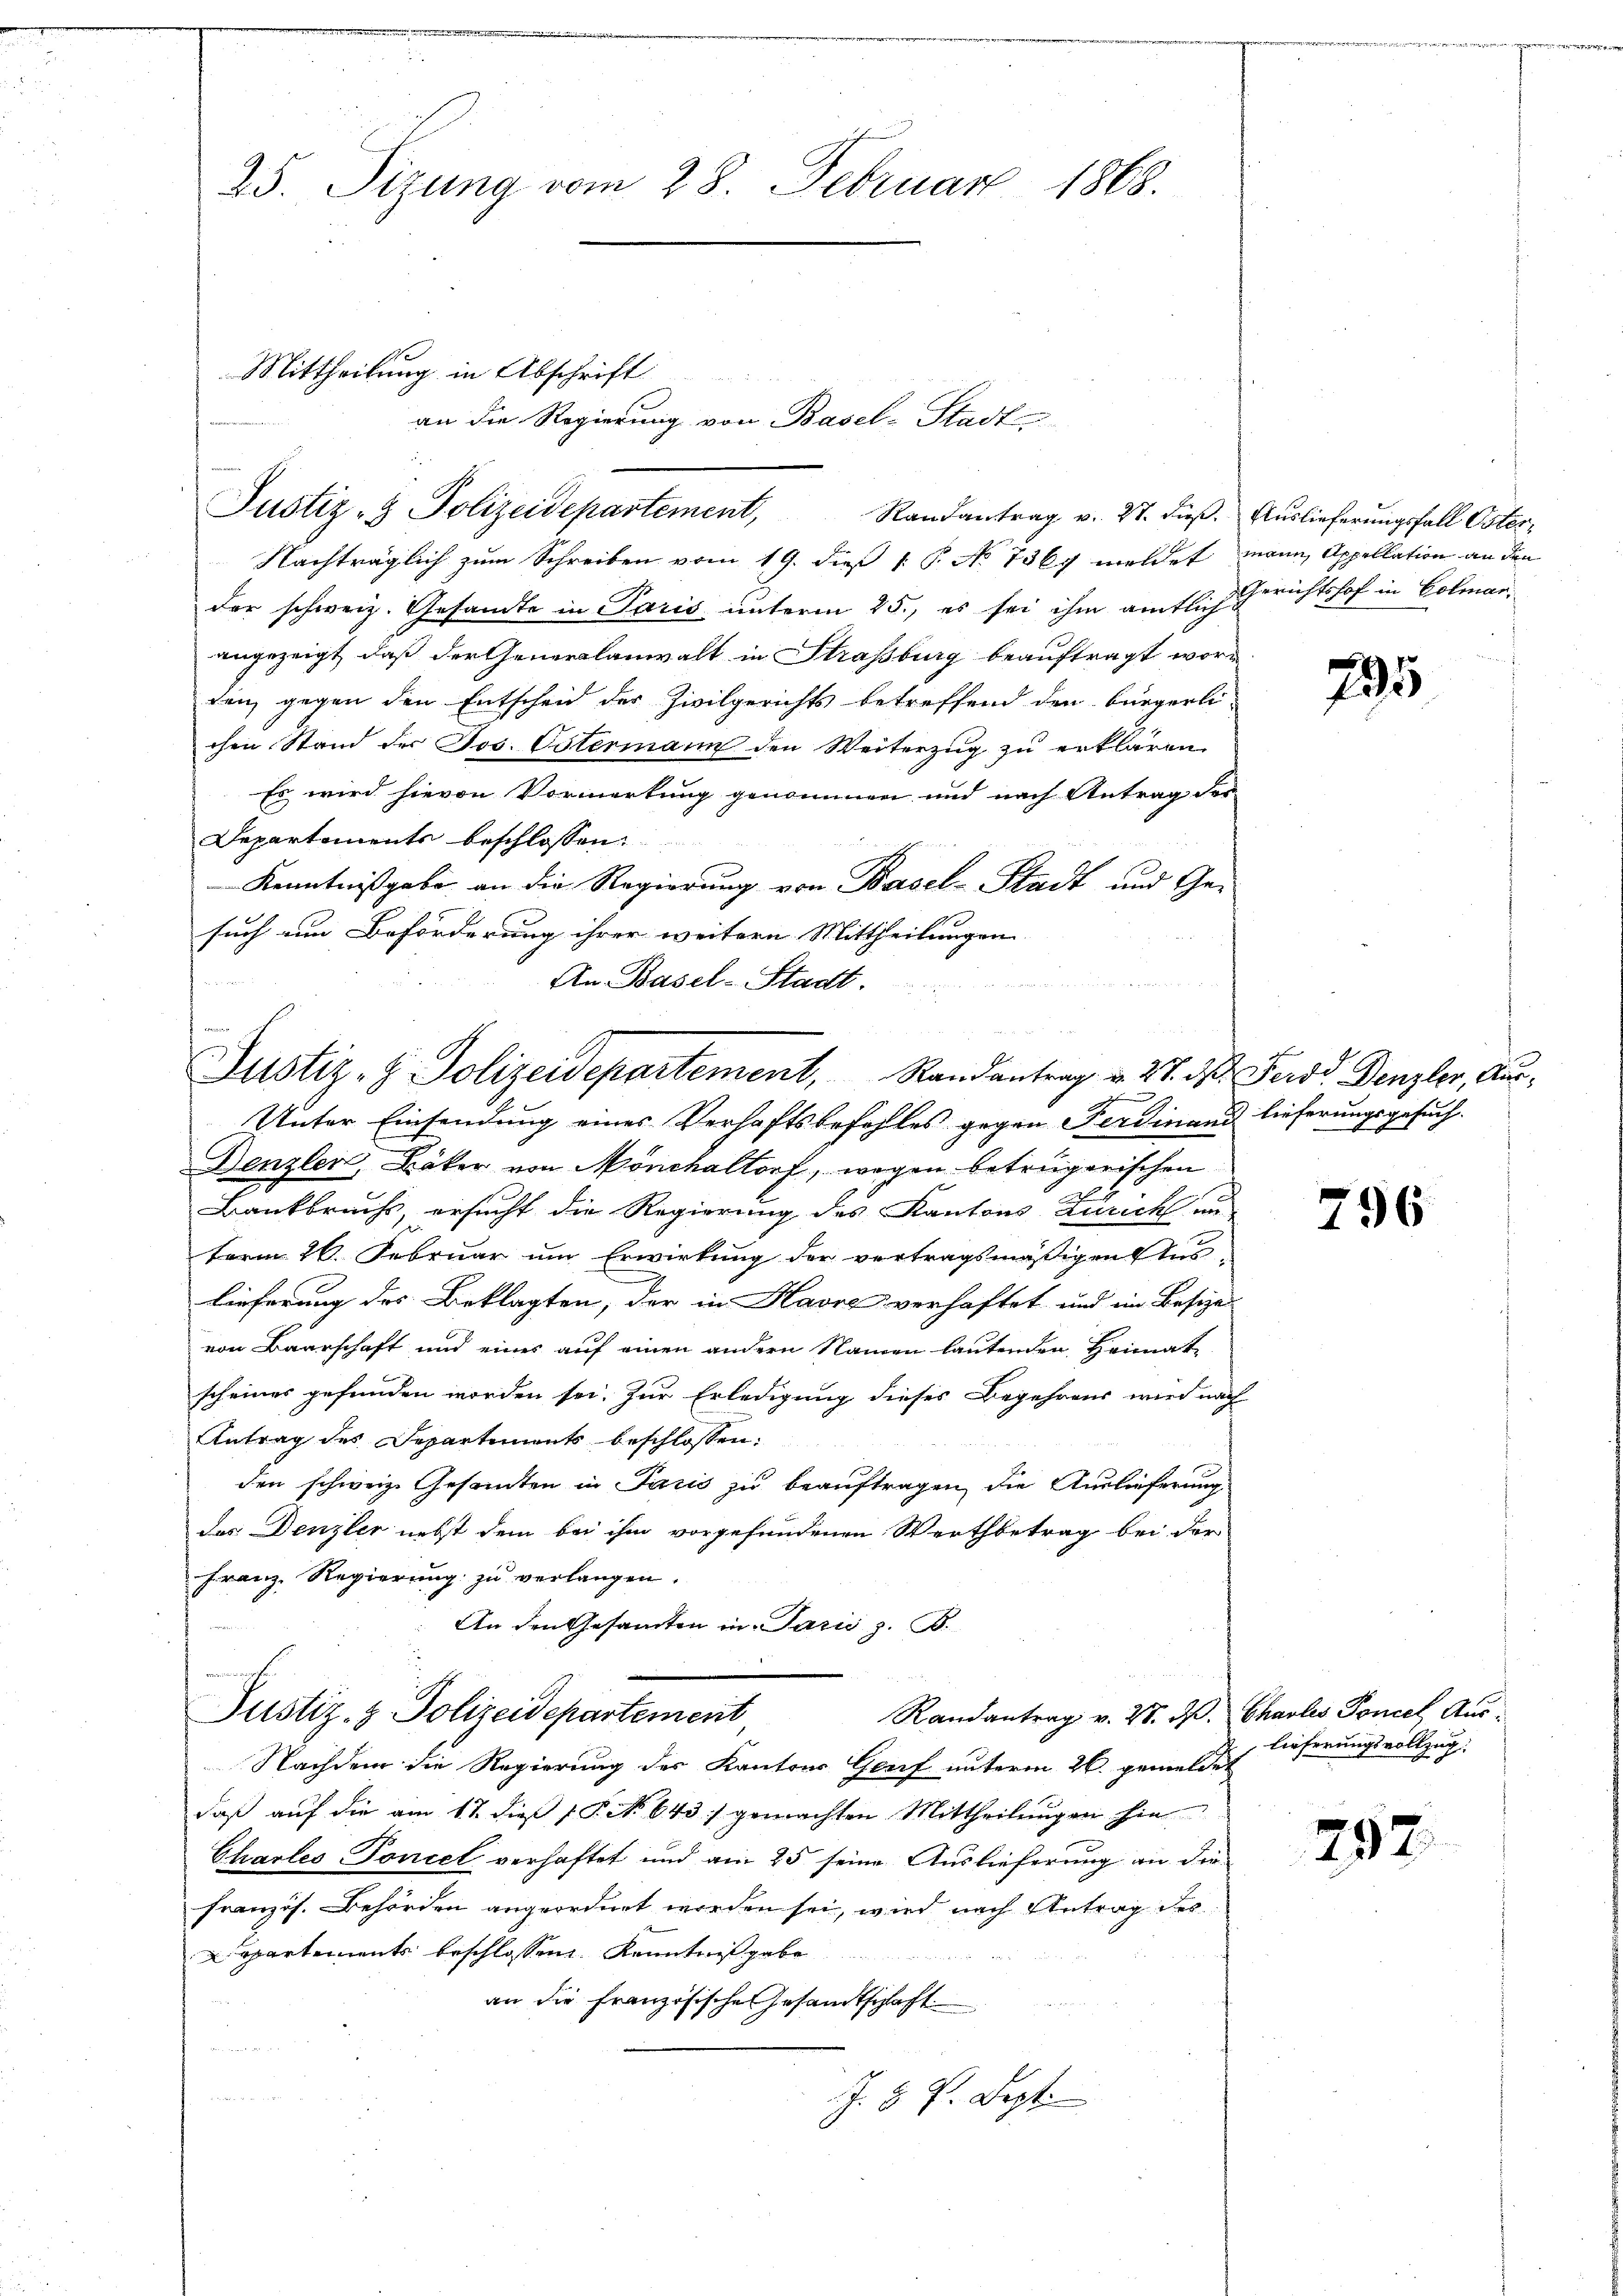
25. Sizung vom 28. Februar 1868.

Mittheilung in Abschrift
Justiz- & Polizeidepartement,
Randantrag v. 27. dieß.

Nachträglich zum Schreiben vom 19. dieß P. No 7367 meldet
der schweiz. Gesandte in Paris unterm 25., es sei ihm amtlich
angezeigt, daß der Generalanwalt in Straßburg beauftragt worden, gegen den Entscheid der Zivilgerichts betreffend den bürgerli-
chen Stand der Jos. Ostermann den Weiterzug zu erklären.
Es wird hievon Vormerkung genommen und nach Antrag der
Departements beschlossen:
Kenntnißgabe an die Regierung von Basel-Stadt und Gei
such um Beförderung ihrer weitern Mittheilungen. |
An Basel-Stadt.
Denzler, Bäker von Mönchaltorf, wegen betrügerischen
Bankbruchs, ersucht die Regierung des Kantons Zürich an
term 26. Februar um Erwirkung der vertragsmäßigen Auslieferung des Beklagten, der in Havre verhaftet und im Besizes
von Baarschaft und eines auf einen andern Namen lautenden Heimat
scheines gefunden worden sei. Zur Erledigung dieses Begehrens wird nach
Antrag des Departements beschlossen:
den schweiz. Gesamten in Paris zu beauftragen, die Auslieferung
das Denzler nebst dem bei ihm vorgefundenen Werthbetrag bei der
Franz. Regierung zu verlangen.
An den Gesamten in Paris z. B.
Justiz- & Polizeidepartement
Randantrag v. 28. dβ.
Nachdem die Regierung des Kantons Genf unterm 26. gemeldet
daβ aŭf die am 17. dieß P. No 643./ gemachten Mittheilŭngen hie
Chartes Toncel verhaftet und am 25 seine Auslieferung an die
französ. Behörden angeordnet worden sei, wird nach Antrag der
Departements beschlossene Kenntnißgabe
an die Französische Gesandtschaft

J. 5 P. Sept.

Justiz- & Polizeidepartement, Randantrag v. 27. d. Ferd. Denzler, Aus¬
Unter Einsendung eines Verhaftsbefehles gegen Ferdinand lieferungsgesuch¬

an die Regierung von Basel-Stadt-

Auslieferungsfall Oster,
mann, Appellation an den
Gerichtshof in Colmar¬

795

796

Chables Ponces Auslieferungsvollzug.

292.

ung